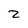
Character: Z